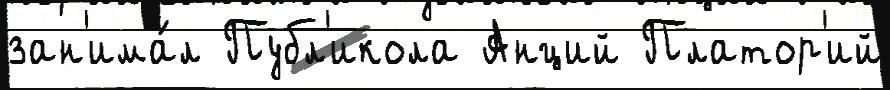
зан'има́л Публ'икола Анций Платор'ий